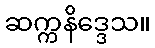
ဆက္ကနိဒ္ဒေသ။